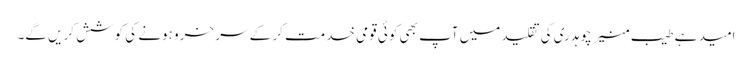
امید ہے طیب منیر چوہدری کی تقلید میں آپ بھی کوئی قومی خدمت کر کے سر خرو ہونے کی کوشش کریں گے۔